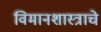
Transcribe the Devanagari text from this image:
विमानशास्त्राचे